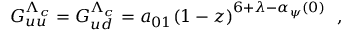
G _ { u u } ^ { \Lambda _ { c } } = G _ { u d } ^ { \Lambda _ { c } } = a _ { 0 1 } ( 1 - z ) ^ { 6 + \lambda - \alpha _ { \psi } ( 0 ) } \ \ ,